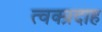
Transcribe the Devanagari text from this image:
त्वक्प्रदाह